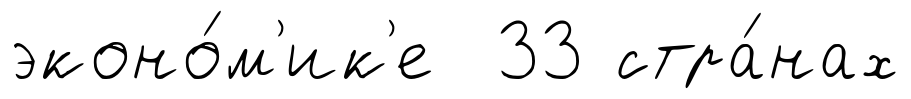
эконо́м'ик'е 33 стра́нах